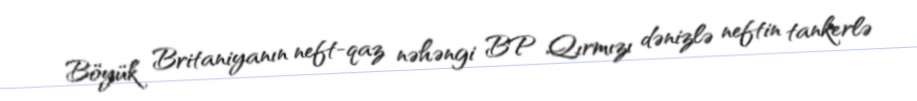
Böyük Britaniyanın neft-qaz nəhəngi BP Qırmızı dənizlə neftin tankerlə